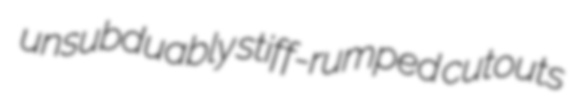
unsubduably stiff-rumped cutouts